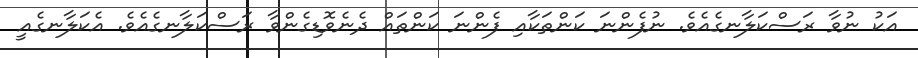
އަކު ނުވާ ރަސްކަލާނގެއެވެ. ނުފެންނަ ކަންތަކާއި ފެންނަ ކަންތައް ދެނެވޮޑިގެންވާ ރަސްކަލާނގެއެވެ. އެކަލާނގެއީ